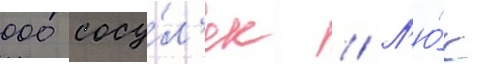
000 сосу́л'ек // Л'ю́к